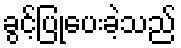
ခွင့်ပြုပေးခဲ့သည်